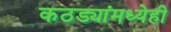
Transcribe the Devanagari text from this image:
कठड्यांमध्येही